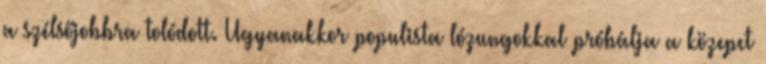
a szélsőjobbra tolódott. Ugyanakkor populista lózungokkal próbálja a közepet